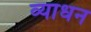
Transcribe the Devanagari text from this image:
व्याधन